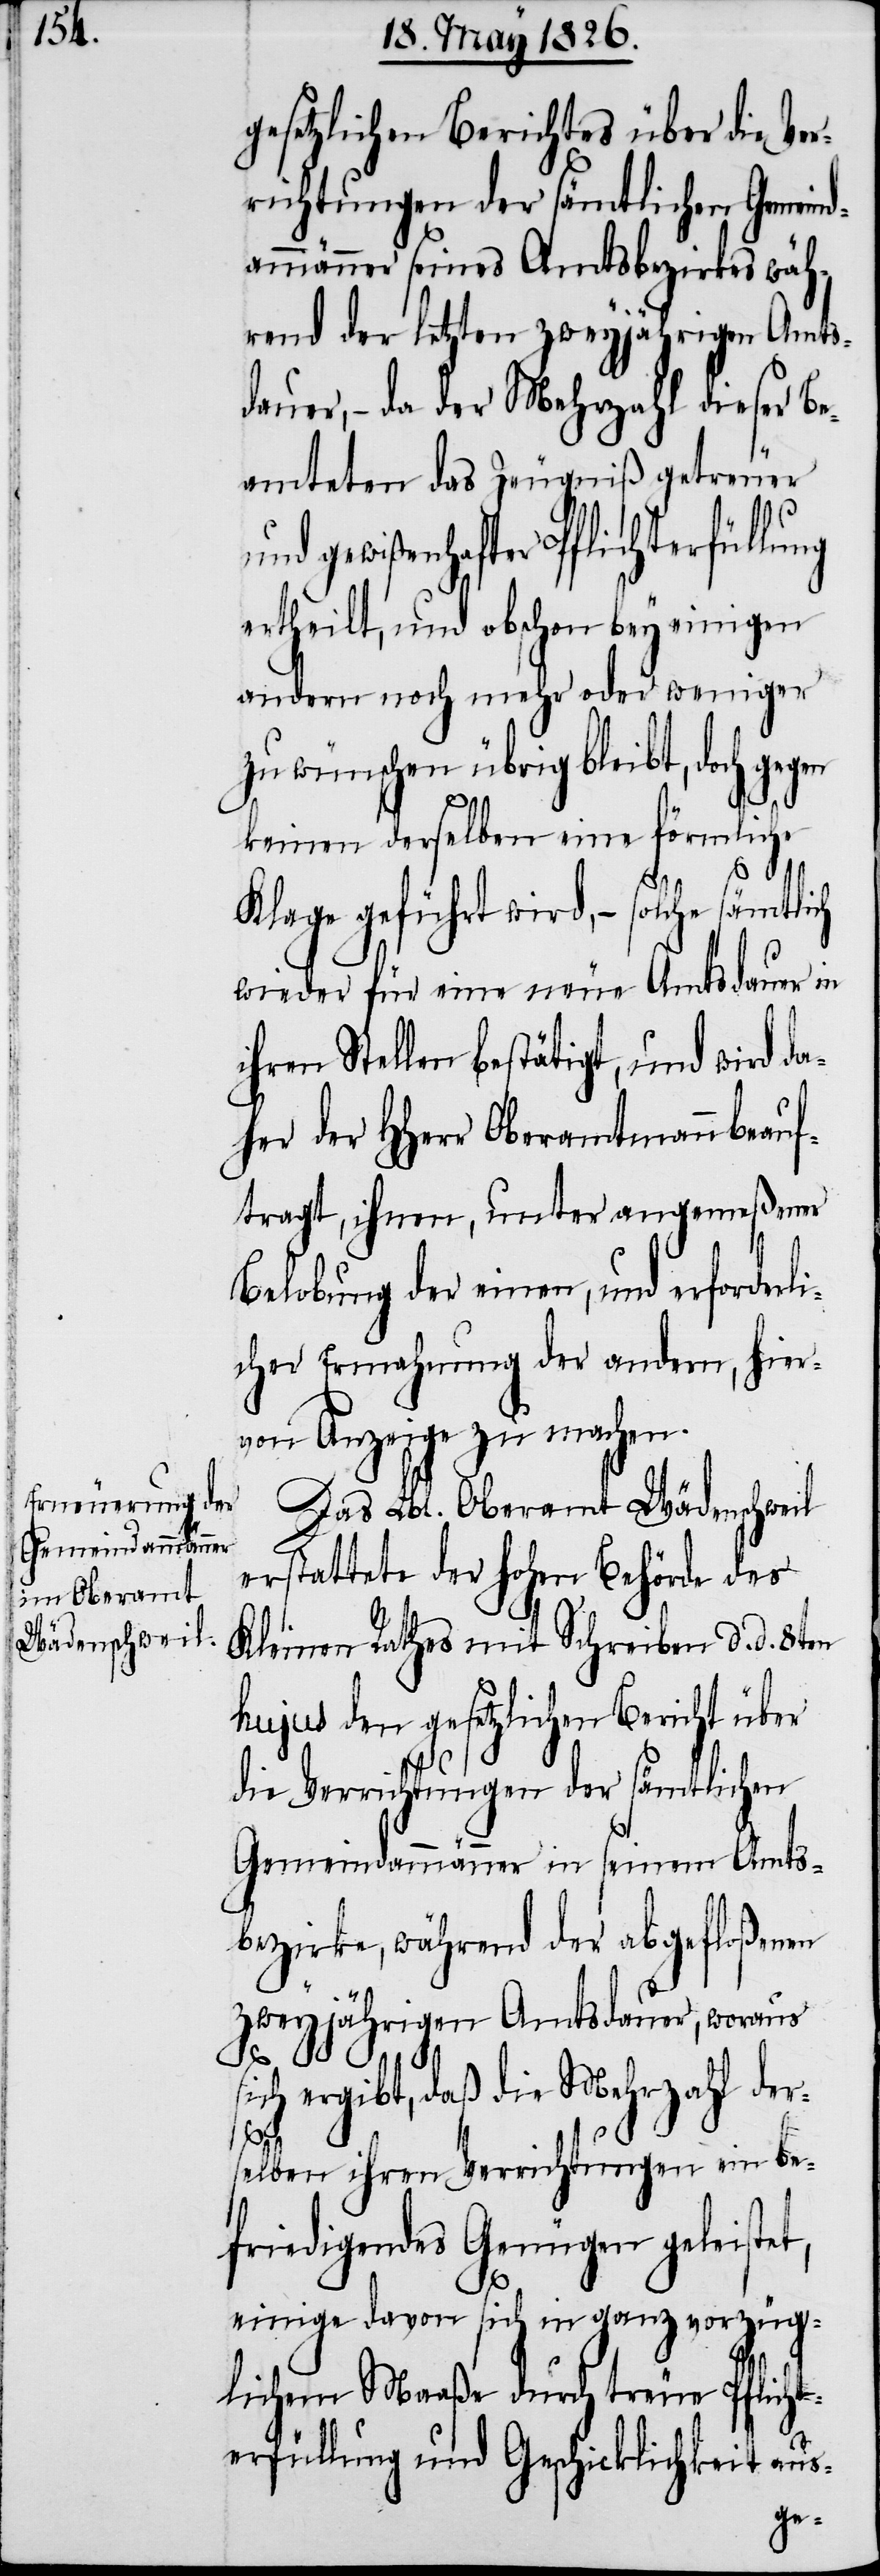
gesetzlichen Berichtes über die Ver¬
richtungen der sämtlichen Gemeind¬
ammänner seines Amtsbezirkes wäh¬
rend der letzten zweyjährigen Amts¬
dauer, – da der Mehrzahl dieser Be¬
amteten des Zeugniß getreuer
und gewißenhafter Pflichterfüllung
ertheilt, und obschon bey einigen
andern noch mehr oder weniger
zu wünschen übrig bleibt, doch ge¬
keinen derselben eine förmliche
Klage geführt wird, – solche sämtlich
wieder für eine neue Amtsdauer in
ihren Stellen bestätigt, und wird da¬
her der HHerr Oberamtmann beauf¬
tragt, ihnen, unter angemeßener
Belobung der einen, und erforderli¬
cher Ermahnung der andern, hier¬
von Anzeige zu machen.
Das Lbl. Oberamt Wädenschweil
erstattete der hohen Behörde des
Kleinen Rathes mit Schreiben d. d. 8ten
hujus den gesetzlichen Bericht über
die Verrichtungen der sämtlichen
Gemeindammänner in seinem Amts¬
bezirke, während der abgefloßenen
zweyjährigen Amtsdauer, woraus
ich ergibt, daß die Mehrzahl der¬
selben ihren Verrichtungen ein be¬
friedigendes Genügen geleistet,
einige davon sich in ganz vorzüg¬
lichem Maaße durch treue Pflich¬
terfüllung und Geschicklichkeit aus-
s¬